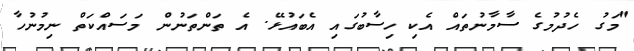
"މަގު ހެދުމުގެ ސާމާނުތައް އެކި ހިސާބުގައި އެބައުޅޭ. އެ ތަންތަނުން މަސައްކަތް ނިމުނުހާ